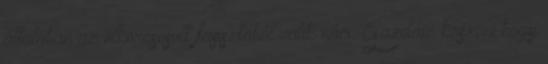
általában az elkorcsosult fasisztából válik náci. Gazdám köszöni hogy